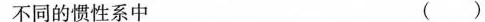
不同的惯性系中 ()